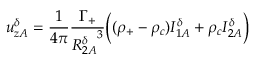
u _ { z A } ^ { \delta } = \frac { 1 } { 4 \pi } \frac { \Gamma _ { + } } { { R _ { 2 A } ^ { \delta } } ^ { 3 } } \bigg ( ( \rho _ { + } - \rho _ { c } ) I _ { 1 A } ^ { \delta } + \rho _ { c } I _ { 2 A } ^ { \delta } \bigg )